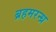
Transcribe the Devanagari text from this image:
ब्रहमरन्ध्र